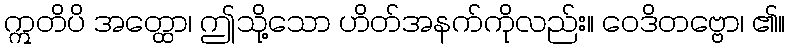
ဣတိပိ အတ္ထော၊ ဤသို့သော ဟိတ်အနက်ကိုလည်း။ ဝေဒိတဗ္ဗော၊ ၏။